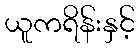
ယူကရိန်းနှင့်